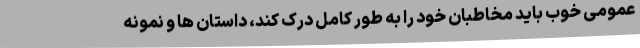
عمومی خوب باید مخاطبان خود را به طور کامل درک کند، داستان ها و نمونه